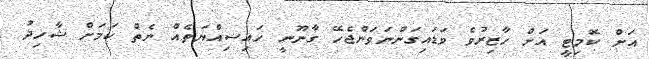
އަށް ކޮމިޓީ އަށް ހާޒިރުވެ ވަޑައިގަންނަވަންޖެހޭ ގާނޫނީ ހައިސިއްޔަތެއް ނެތް ކަމަށް ޝާހިދު